Report of the Indian Hemp Drugs Commission, 1894-1895 - Volume V
Year: 1894
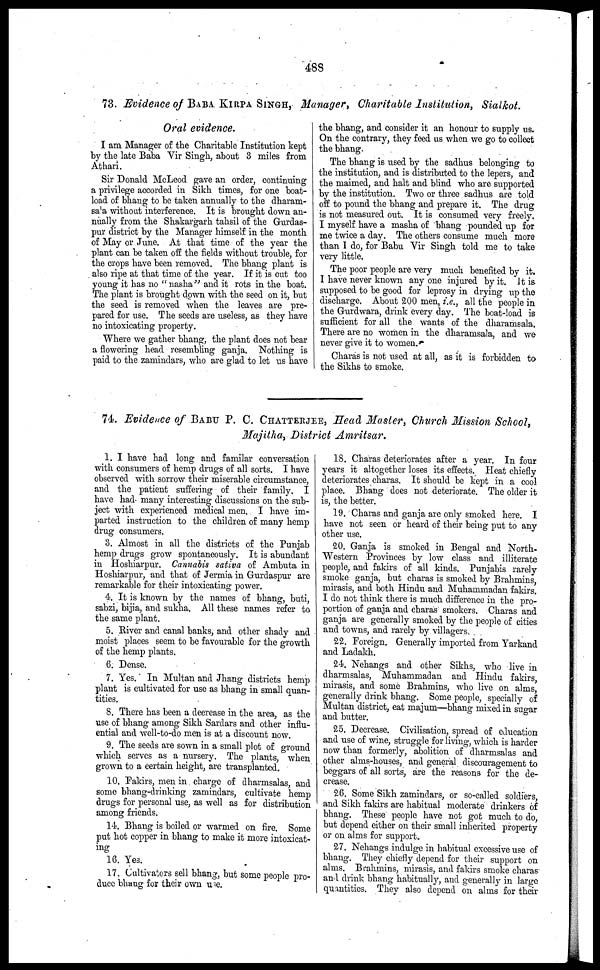
488
73. Evidence of BABA KIRPA SINGH, Manager, Charitable Institution, Sialkot.
Oral evidence.
I am Manager of the Charitable Institution kept
by the late Baba Vir Singh, about 3 miles from
Athari.
Sir Donald McLeod gave an order, continuing
a privilege accorded in Sikh times, for one boat-
load of bhang to be taken annually to the dharam-
sa'a without interference. It is brought down an-
nually from the Shakargarh tahsil of the Gurdas-
pur district by the Manager himself in the month
of May or June. At that time of the year the
plant can be taken off the fields without trouble, for
the crops have been removed. The bhang plant is
also ripe at that time of the year. If it is cut too
young it has no "nasha" and it rots in the boat.
The plant is brought down with the seed on it, but
the seed is removed when the leaves are pre-
pared for use. The seeds are useless, as they have
no intoxicating property.
Where we gather bhang, the plant does not bear
a flowering head resembling ganja. Nothing is
paid to the zamindars, who are glad to let us have
the bhang, and consider it an honour to supply us.
On the contrary, they feed us when we go to collect
the bhang.
The bhang is used by the sadhus belonging to
the institution, and is distributed to the lepers, and
the maimed, and halt and blind who arc supported
by the institution. Two or three sadhus are told
off to pound the bhang and prepare it. The drug
is not measured out. It is consumed very freely.
I myself have a masha of bhang pounded up for
me twice a day. The others consume much more
than I do, for Babu Vir Singh told me to take
very little.
The poor people are very much benefited by it.
I have never known any one injured by it. It is
supposed to be good for leprosy in drying up the
discharge. About 200 men, i.e., all the people in
the Gurdwara, drink every day. The boat-load is
sufficient for all the wants of the dharamsala.
There are no women in the dharamsala, and we
never give it to women.
Charas is not used at all, as it is forbidden to
the Sikhs to smoke.
74. Evidence of BABU P. C. CHATTERJEE , Head Master, Church Mission School,
Majitha, District Amritsar.
1. I have had long and familar conversation
with consumers of hemp drugs of all sorts. I have
observed with sorrow their miserable circumstance,
and the patient suffering of their family. I
have had many interesting discussions on the sub-
ject with experienced medical men. I have im-
parted instruction to the children of many hemp
drug consumers.
3. Almost in all the districts of the Punjab
hemp drugs grow spontaneously. It is abundant
in Hoshiarpur. Cannabis sativa of Ambuta in
Hoshiarpur, and that of Jermia in Gurdaspur are
remarkable for their intoxicating power.
4. It is known by the names of bhang, buti,
sabzi, bijia, and sukha. All these names refer to
the same plant.
5. River and canal banks, and other shady and
moist places seem to be favourable for the growth
of the hemp plants.
6. Dense.
7. Yes. In Multan and Jhang districts hemp
plant is cultivated for use as bhang in small quan-
tities.
8. There has been a decrease in the area, as the
use of bhang among Sikh Sardars and other influ-
ential and well-to-do men is at a discount now.
9. The seeds are sown in a small plot of ground
which serves as a nursery. The plants, when
grown to a certain height, are transplanted.
10. Fakirs, men in charge of dharmsalas, and
some bhang-drinking zamindars, cultivate hemp
drugs for personal use, as well as for distribution
among friends.
11. Bhang is boiled or warmed on fire. Some
put hot copper in bhang to make it more intoxicat-
ing
16. Yes.
17. Cultivators sell bhang, but some people pro-
duce bhang for their own use.
18. Charas deteriorates after a year. In four
years it altogether loses its effects. Heat chiefly
deteriorates charas. It should be kept in a cool
place. Bhang does not deteriorate. The older it
is, the better.
19. Charas and ganja are only smoked here. I
have not seen or heard of their being put to any
other use.
20. Ganja is smoked in Bengal and North-
Western Provinces by low class and illiterate
people, and fakirs of all kinds. Punjabis rarely
smoke ganja, but charas is smoked by Brahmins,
mirasis, and both Hindu and Muhammadan fakirs.
I do not think there is much difference in the pro-
portion of ganja and charas smokers. Charas and
ganja are generally smoked by the people of cities
and towns, and rarely by villagers.
22. Foreign. Generally imported from Yarkand
and Ladakh.
24. Nehangs and other Sikhs, who live in
dharmsalas, Muhammadan and Hindu fakirs,
mirasis, and some Brahmins, who live on alms,
generally drink bhang. Some people, specially of
Multan district, eat majum—bhang mixed in sugar
and butter.
25. Decrease. Civilisation, spread of education
and use of wine, struggle for living, which is harder
now than formerly, abolition of dharmsalas and
other alms-houses, and general discouragement to
beggars of all sorts, are the reasons for the de-
crease.
26. Some Sikh zamindars, or so-called soldiers,
and Sikh fakirs are habitual moderate drinkers of
bhang. These people have not got much to do,
but depend either on their small inherited property
or on alms for support.
27. Nehangs indulge in habitual excessive use of
bhang. They chiefly depend for their support on
alms. Brahmins, mirasis, and fakirs smoke charas
and drink bhang habitually, and general1ly in large
quantities. They also depend on alms for their